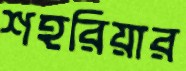
শহরিয়ার